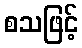
စသဖြင့်